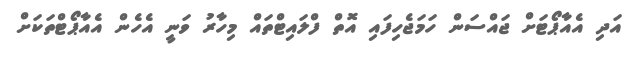
އަދި އެއާޕޯޓަށް ޖައްސަން ހަމަޖެހިފައި އޮތް ފްލައިޓްތައް މިހާރު ވަނީ އެހެން އެއާޕޯޓްތަކަށް